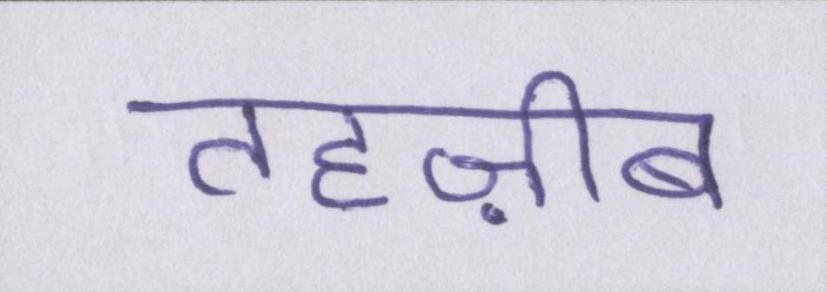
तहज़ीब